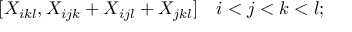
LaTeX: [ X _ { i k l } , X _ { i j k } + X _ { i j l } + X _ { j k l } ] \quad i < j < k < l ;